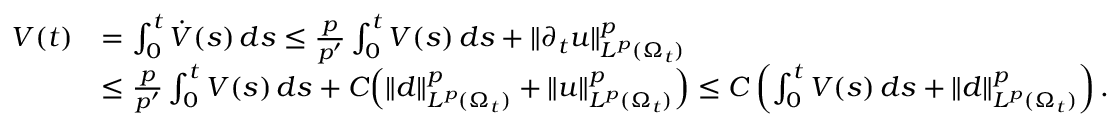
\begin{array} { r l } { V ( t ) } & { = \int _ { 0 } ^ { t } \dot { V } ( s ) \, d s \le \frac { p } { p ^ { \prime } } \int _ { 0 } ^ { t } V ( s ) \, d s + \| \partial _ { t } u \| _ { L ^ { p } ( \Omega _ { t } ) } ^ { p } } \\ & { \le \frac { p } { p ^ { \prime } } \int _ { 0 } ^ { t } V ( s ) \, d s + C \Bigl ( \| d \| _ { L ^ { p } ( \Omega _ { t } ) } ^ { p } + \| u \| _ { L ^ { p } ( \Omega _ { t } ) } ^ { p } \Bigr ) \le C \left( \int _ { 0 } ^ { t } V ( s ) \, d s + \| d \| _ { L ^ { p } ( \Omega _ { t } ) } ^ { p } \right) . } \end{array}